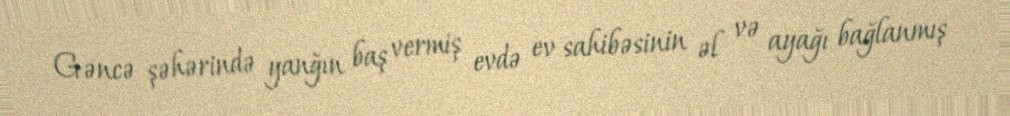
Gəncə şəhərində yanğın baş vermiş evdə ev sahibəsinin əl və ayağı bağlanmış